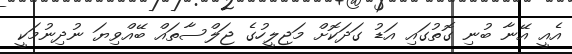
އެއީ އޭނާ ބުނި ގޮތުގައި އަޑު ގަދަކޮށް މަޖިލީހުގެ ޖަލްސާތައް ބޭއްވިޔަ ނުދިނުމަކީ